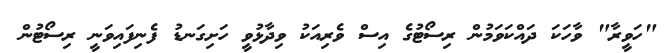
"ހަވީރާ" ވާހަކަ ދައްކަވަމުން ރިސޯޓުގެ އިސް ވެރިއަކު ވިދާޅުވީ ހަށިގަނޑު ފެނިފައިވަނީ ރިސޯޓުން